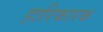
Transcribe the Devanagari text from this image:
हारिकारक